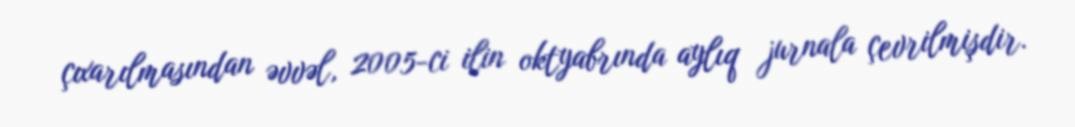
çıxarılmasından əvvəl, 2005-ci ilin oktyabrında aylıq jurnala çevrilmişdir.